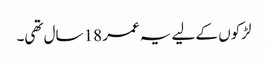
لڑکوں کے لیے یہ عمر 18 سال تھی۔